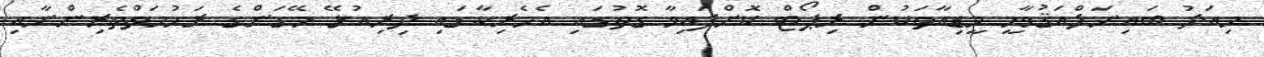
މިއަދު ބައިނަލްއަޤުވާމީ މީޑިއާތަކުން ރިޕޯޓް ކޮށްފައިވާ ގޮތުގައި އެމެރިކާގައި ދިރިއުޅޭ މޭގަންގެ ރަހުމަތްތެރިންނާއި